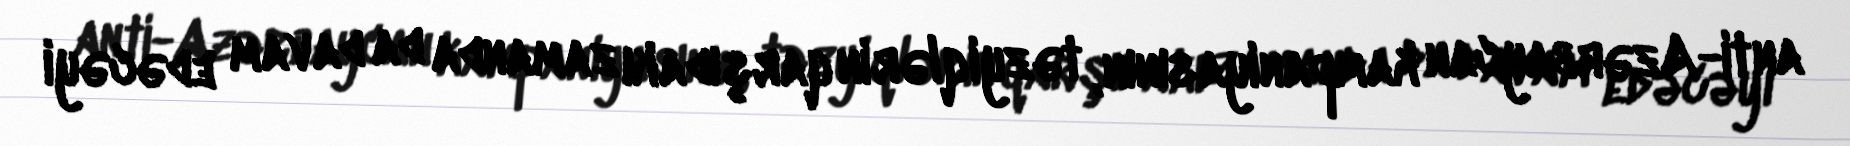
anti-Azərbaycan kampaniyasının, təzyiqlərin qarşıdakı zamanda da davam edəcəyi